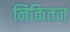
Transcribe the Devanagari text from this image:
निकितन